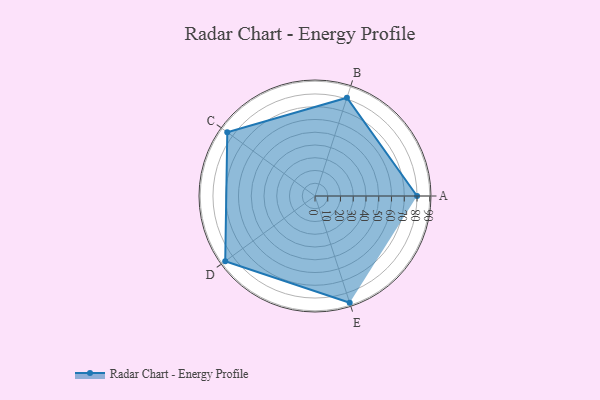
{"axis": {"x": "Skill", "y": "Score"}, "legend": ["Profile"], "data": [{"x": "A", "y": 80.0, "type": "Profile"}, {"x": "B", "y": 81.0, "type": "Profile"}, {"x": "C", "y": 85.0, "type": "Profile"}, {"x": "D", "y": 87.0, "type": "Profile"}, {"x": "E", "y": 88.0, "type": "Profile"}]}